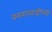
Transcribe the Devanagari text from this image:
यमगरवाडीच्या